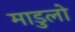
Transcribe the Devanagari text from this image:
माडुलो